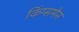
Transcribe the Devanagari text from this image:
किंग्समेन